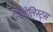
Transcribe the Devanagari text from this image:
सिबोलिस्ट्स